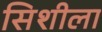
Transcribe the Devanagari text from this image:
सिशीला